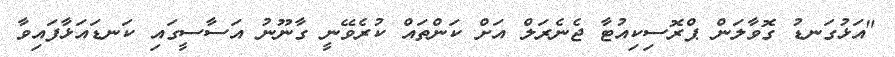
"އަޅުގަނޑު ގޮވާލަން ޕްރޮސިކިއުޓާ ޖެނެރަލް އަށް ކަންތައް ކުރެވޭނީ ގާނޫނު އަސާސީގައި ކަނޑައަޅާފައިވާ